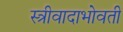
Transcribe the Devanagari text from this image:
स्त्रीवादाभोवती